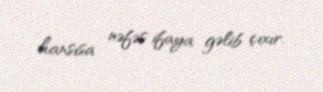
hansısa nəfəs ifaya gəlib çıxır.